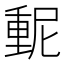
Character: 𫒃